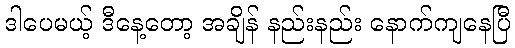
ဒါပေမယ့် ဒီနေ့တော့ အချိန် နည်းနည်း နောက်ကျနေပြီ